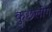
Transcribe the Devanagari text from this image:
कुछलोग